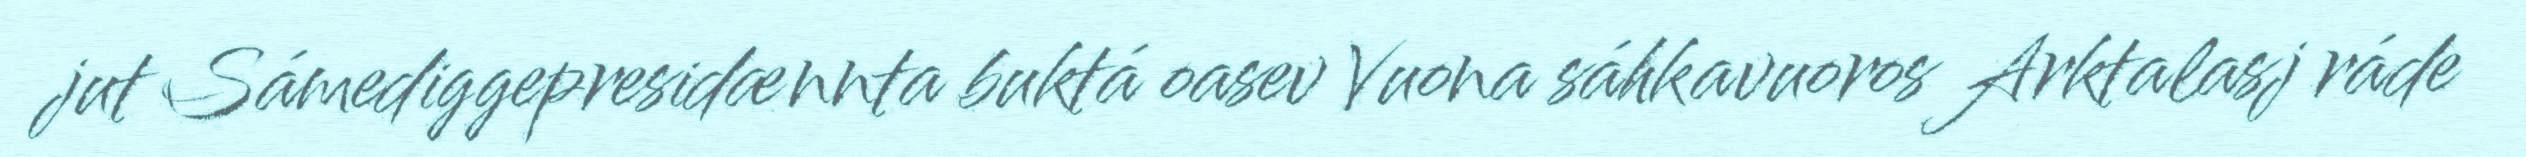
jut Sámediggepresidænnta buktá oasev Vuona sáhkavuoros Arktalasj ráde